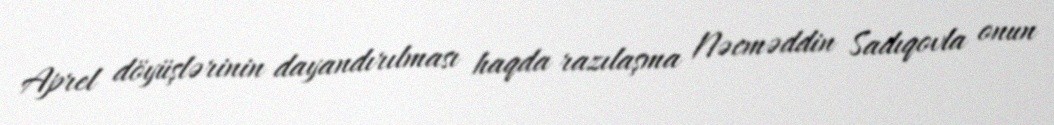
Aprel döyüşlərinin dayandırılması haqda razılaşma Nəcməddin Sadıqovla onun